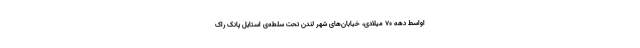
اواسط دهه ۷۰ میلادی، خیابان‌های شهر لندن تحت سلطه‌ی استایل پانک راک